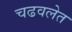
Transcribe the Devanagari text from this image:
चढवलेत